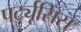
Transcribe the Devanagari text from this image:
पर्ट्यूसिस